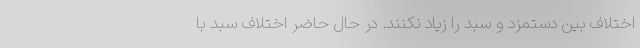
اختلاف بین دستمزد و سبد را زیاد نکنند. در حال حاضر اختلاف سبد با